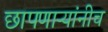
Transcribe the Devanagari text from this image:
छापणाऱ्यांनीच